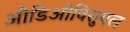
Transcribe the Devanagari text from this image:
औडिओविसुयल